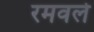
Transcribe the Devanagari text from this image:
रमवले